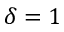
\delta = 1